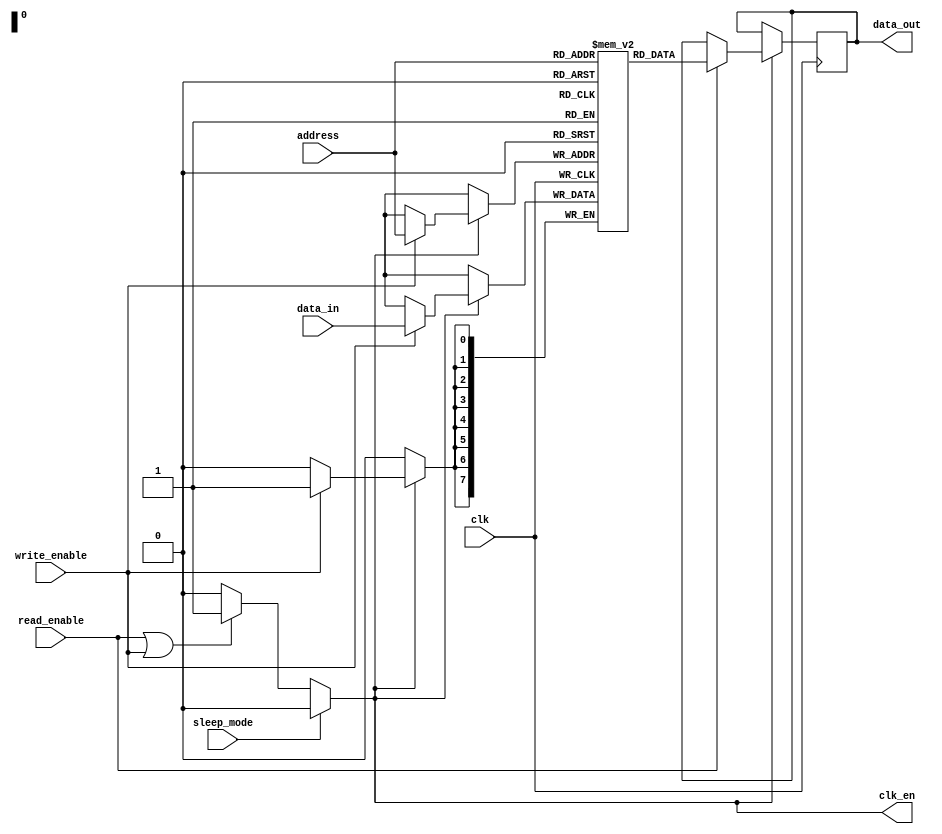
module memory_block (
    input wire clk,               // Main clock input
    input wire read_enable,       // Read enable signal
    input wire write_enable,      // Write enable signal
    input wire sleep_mode,        // Sleep mode signal
    input wire [7:0] address,     // Address for memory access
    input wire [7:0] data_in,     // Data input for write operations
    output reg [7:0] data_out,    // Data output for read operations
    output reg clk_en             // Clock enable signal for memory array
);

    // Memory array declaration (256 x 8 bits)
    reg [7:0] memory_array [255:0];

    // Clock gating logic
    always @(*) begin
        if (sleep_mode) begin
            clk_en = 1'b0; // Disable clock in sleep mode
        end else if (read_enable || write_enable) begin
            clk_en = 1'b1; // Enable clock when active
        end else begin
            clk_en = 1'b0; // Disable clock when idle
        end
    end

    // Memory operations
    always @(posedge clk) begin
        if (clk_en) begin
            if (write_enable) begin
                memory_array[address] <= data_in; // Write data to memory
            end
            if (read_enable) begin
                data_out <= memory_array[address]; // Read data from memory
            end
        end
    end

endmodule